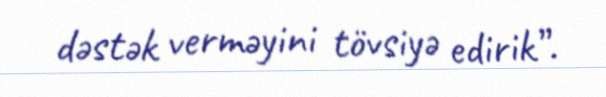
dəstək verməyini tövsiyə edirik”.